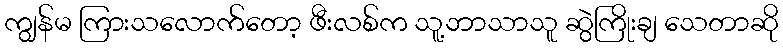
ကျွန်မ ကြားသလောက်တော့ ဖီးလစ်က သူ့ဘာသာသူ ဆွဲကြိုးချ သေတာဆို